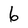
Character: 6